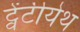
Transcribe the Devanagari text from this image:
ट्वेंटीयेथ